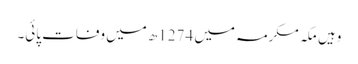
وہیں مکہ مکرمہ میں 1274ھ میں وفات پائی۔